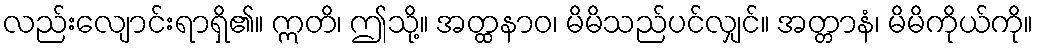
လည်းလျောင်းရာရှိ၏။ ဣတိ၊ ဤသို့။ အတ္ထနာဝ၊ မိမိသည်ပင်လျှင်။ အတ္တာနံ၊ မိမိကိုယ်ကို။